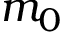
m _ { 0 }